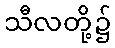
သီလတို့၌